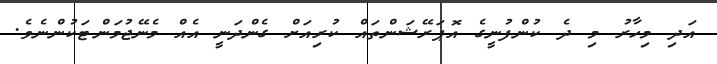
އަދި މިހާރު މި ދެ ކުންފުނީގެ އޮޕަރޭޝަންތައް ކުރިއަށް ގެންދަނީ އެއް މެނޭޖުމަންޓަކުންނެވެ.